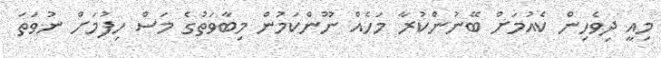
މިއީ ދިވެހިން ކެއުމަށް ބޭނުންކުރާ މަހެއް ނޫންކަމުން މިބާވަތުގެ މަސް ހިފުމަށް ނުވަތަ